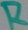
Text: R